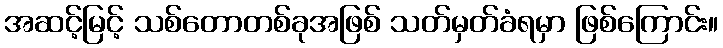
အဆင့်မြင့် သစ်တောတစ်ခုအဖြစ် သတ်မှတ်ခံရမှာ ဖြစ်ကြောင်း။